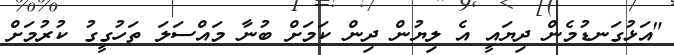
"އަޅުގަނޑުމެން ދިޔައީ އެ ލިޔުން ދިން ކަމަށް ބުނާ މައްސަލަ ތަހުގީގު ކުރުމަށް